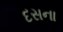
દસના